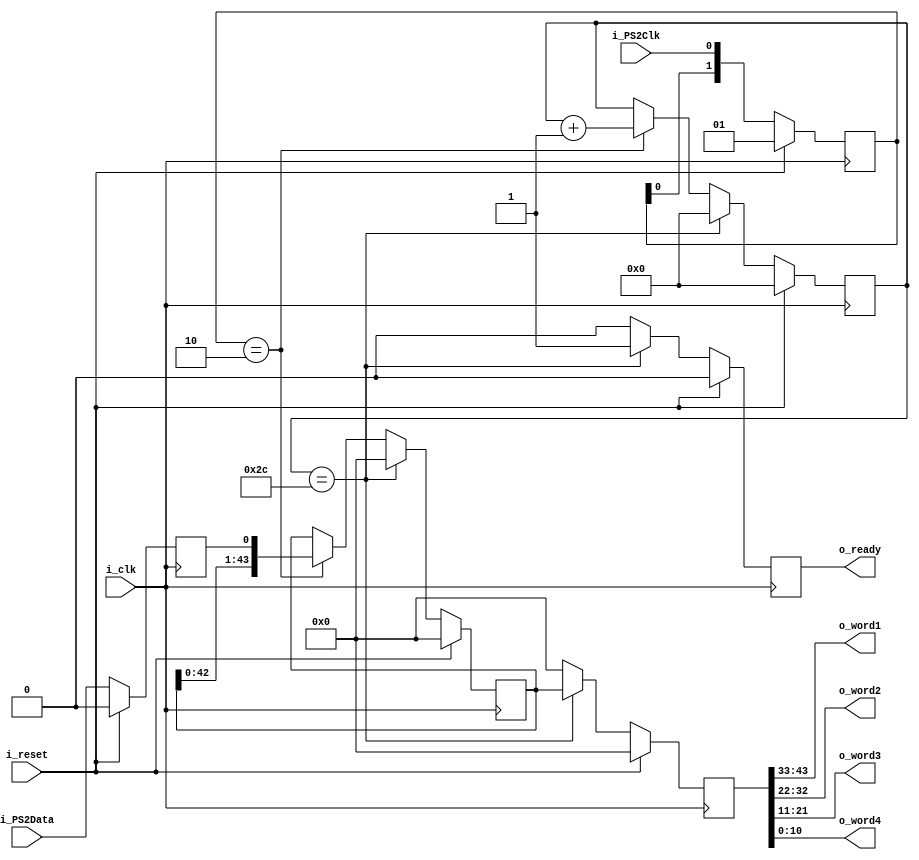
`timescale 1ns / 1ps

module ps2_signal(
                  input wire         i_clk,
                  input wire         i_reset,
                  input wire         i_PS2Clk,
                  input wire         i_PS2Data,
                  output wire [10:0] o_word1,
                  output wire [10:0] o_word2,
                  output wire [10:0] o_word3,
                  output wire [10:0] o_word4,
                  output wire        o_ready
                  );
   // To avoid crossing clock domains, we detect the negative edge of the PS2Clk -
   // by keeping track of it in a 2-bit state variable. A negative edge has
   // occurred if and only if the state variable equals 2'b10. Interestingly
   // (perhaps), you can see in the digits themselves how this gives us the
   // negative edge. Consider the "wave form": 0/1\0/1\0/1\...


   reg [43:0]                        fifo;
   reg [43:0]                        buffer;
   reg [5:0]                         counter;
   reg [1:0]                         PS2Clk_sync;
   reg                               ready;
   reg                               PS2Data;
   wire                              PS2Clk_negedge;

   assign o_word1 = fifo[33 +: 11];
   assign o_word2 = fifo[22 +: 11];
   assign o_word3 = fifo[11 +: 11];
   assign o_word4 = fifo[0 +: 11];
   assign o_ready = ready;
   assign PS2Clk_negedge = (PS2Clk_sync == 2'b10);

   initial
     begin
        fifo <= 44'b0;
        buffer <= 44'b0;
        counter <= 6'b0;
        PS2Clk_sync <= 2'b1;
        ready <= 1'b0;
        PS2Data <= 1'b0;
     end // initial begin


   always @(posedge i_clk)
     // Enter Base Clock
     begin
        if(i_reset)
          // Provide a nice default start
          begin
             fifo <= 44'b0;
             buffer <= 44'b0;
             counter <= 6'b0;
             ready <= 1'b0;
             PS2Clk_sync <= 2'b1;
             PS2Data <= 1'b0;
          end
        else
          begin
             // Sync the PS2Clk with our Base Clock
             PS2Clk_sync <= {PS2Clk_sync[0], i_PS2Clk};
             PS2Data <= i_PS2Data;

             if(PS2Clk_negedge)
               // Negative edge => Data is ready!
               begin
                  buffer <= {buffer, PS2Data};
                  counter <= counter + 6'b1;
               end

             if(counter == 6'd44)
               // Counter==44 => Buffer is full!
               begin
                  fifo <= buffer;
                  buffer <= 44'b0;
                  counter <= 6'b0;
                  ready <= 1'b1;
               end
             else
               // Counter!=44 => (!ready && clear(FIFO))
               begin
                  ready <= 1'b0;
                  fifo <= 44'b0;
               end
          end
     end
endmodule